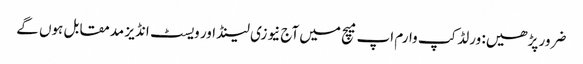
ضرور پڑھیں: ورلڈکپ وارم اپ میچ میں آج نیوزی لینڈ اور ویسٹ انڈیز مدمقابل ہوں گے